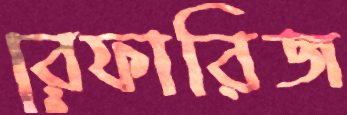
রেফারিজ